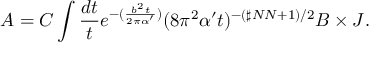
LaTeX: A = C \int \frac { d t } { t } e ^ { - ( \frac { b ^ { 2 } t } { 2 \pi \alpha ^ { \prime } } ) } ( 8 \pi ^ { 2 } \alpha ^ { \prime } t ) ^ { - ( \sharp N N + 1 ) / 2 } B \times J .